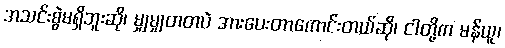
အသင်းစွဲမရှိဘူးဆို၊ မျှမျှတတပဲ အားပေးတာကောင်းတယ်ဆို၊ ငါတို့က မန်ယူ၊